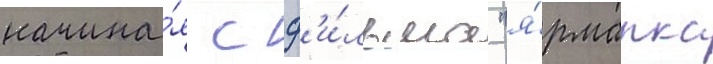
начина́я с ф'и́льма "я́рмарка